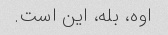
اوه، بله، این است.